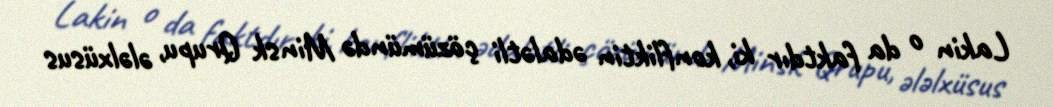
Lakin o da faktdır ki, konfliktin ədalətli çözümündə Minsk Qrupu, ələlxüsus